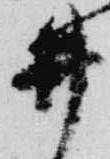
井